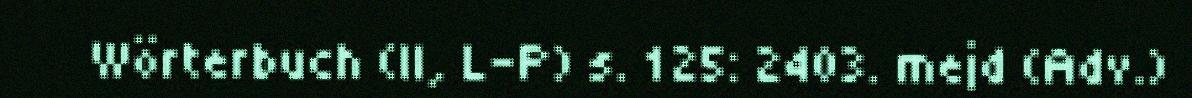
Wörterbuch (II, L-P) s. 125: 2403. mejd (Adv.)